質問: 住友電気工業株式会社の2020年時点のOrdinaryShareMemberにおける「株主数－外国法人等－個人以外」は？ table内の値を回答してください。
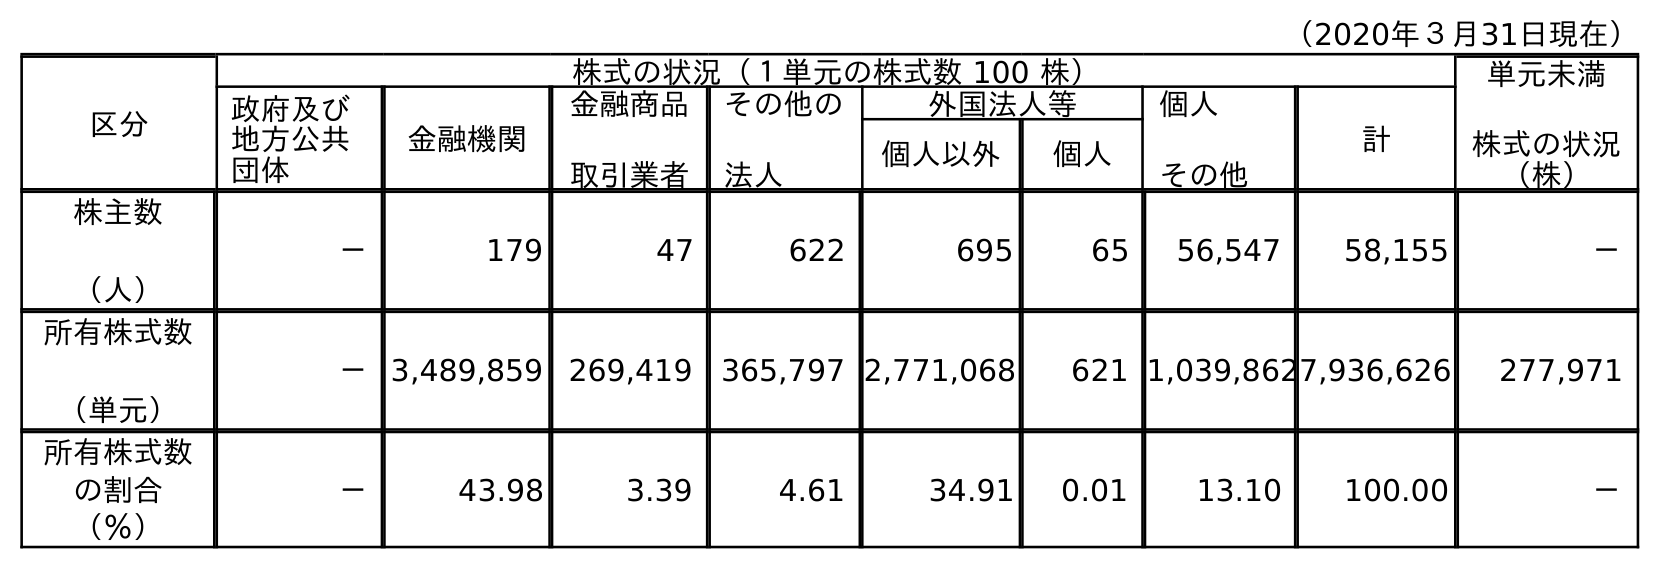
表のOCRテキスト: （2020年３月31日現在） 区分 株式の状況（１単元の株式数 100 株） 単元未満 株式の状況 （株） 政府及び 地方公共 団体 金融機関 金融商品 取引業者 その他の 法人 外国法人等 個人 その他 計 個人以外 個人 株主数 （人） － 179 47 622 695 65 56,547 58,155 － 所有株式数 （単元） －3,489,859 269,419 365,797 2,771,068 621 1,039,8627,936,626 277,971 所有株式数 の割合 （％） － 43.98 3.39 4.61 34.91 0.01 13.10 100.00 －
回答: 695